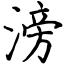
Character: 滂